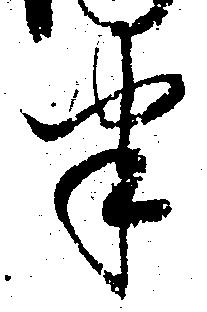
半